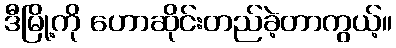
ဒီမြို့ကို ဟောဆိုင်းတည်ခဲ့တာကွယ့်။